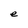
Character: e